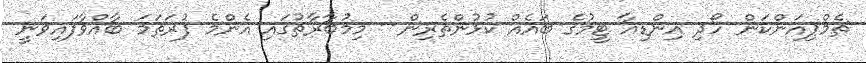
ޗެމްޕިއަންކަން ހޯދި އިންޑިއާ ޓީމުގެ ބައެއް ކުޅުންތެރިން-- މިމުބާރާތުގައި އެންމެ ފުރަތަމަ ބާއްވާފައިވަނީ